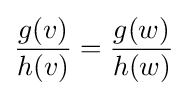
{\frac {g(v)}{h(v)}}={\frac {g(w)}{h(w)}}